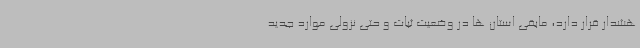
هشدار قرار دارد، مابقی استان ها در وضعیت ثبات و حتی نزولی موارد جدید